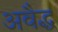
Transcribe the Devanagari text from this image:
अवैद्ध